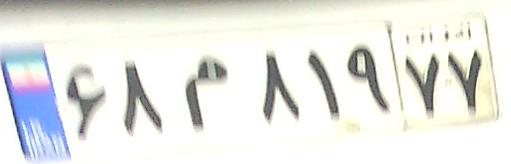
۶۸م۸۱۹۷۷